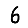
Digit: 6